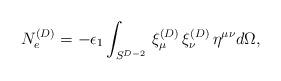
LaTeX: \begin{align*}N_{e}^{(D)}=-\epsilon_{1} \int_{S^{D-2}}\, \xi^{(D)}_{\mu}\, \xi^{(D)}_{\nu}\,\eta^{\mu \nu} d\Omega,\end{align*}